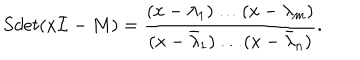
S d e t ( x { \cal I } - M ) = { \frac { ( x - \lambda _ { 1 } ) \dots ( x - \lambda _ { m } ) } { ( x - { \bar { \lambda } } _ { 1 } ) \dots ( x - { \bar { \lambda } } _ { n } ) } } .